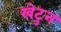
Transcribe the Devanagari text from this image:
खेटुन